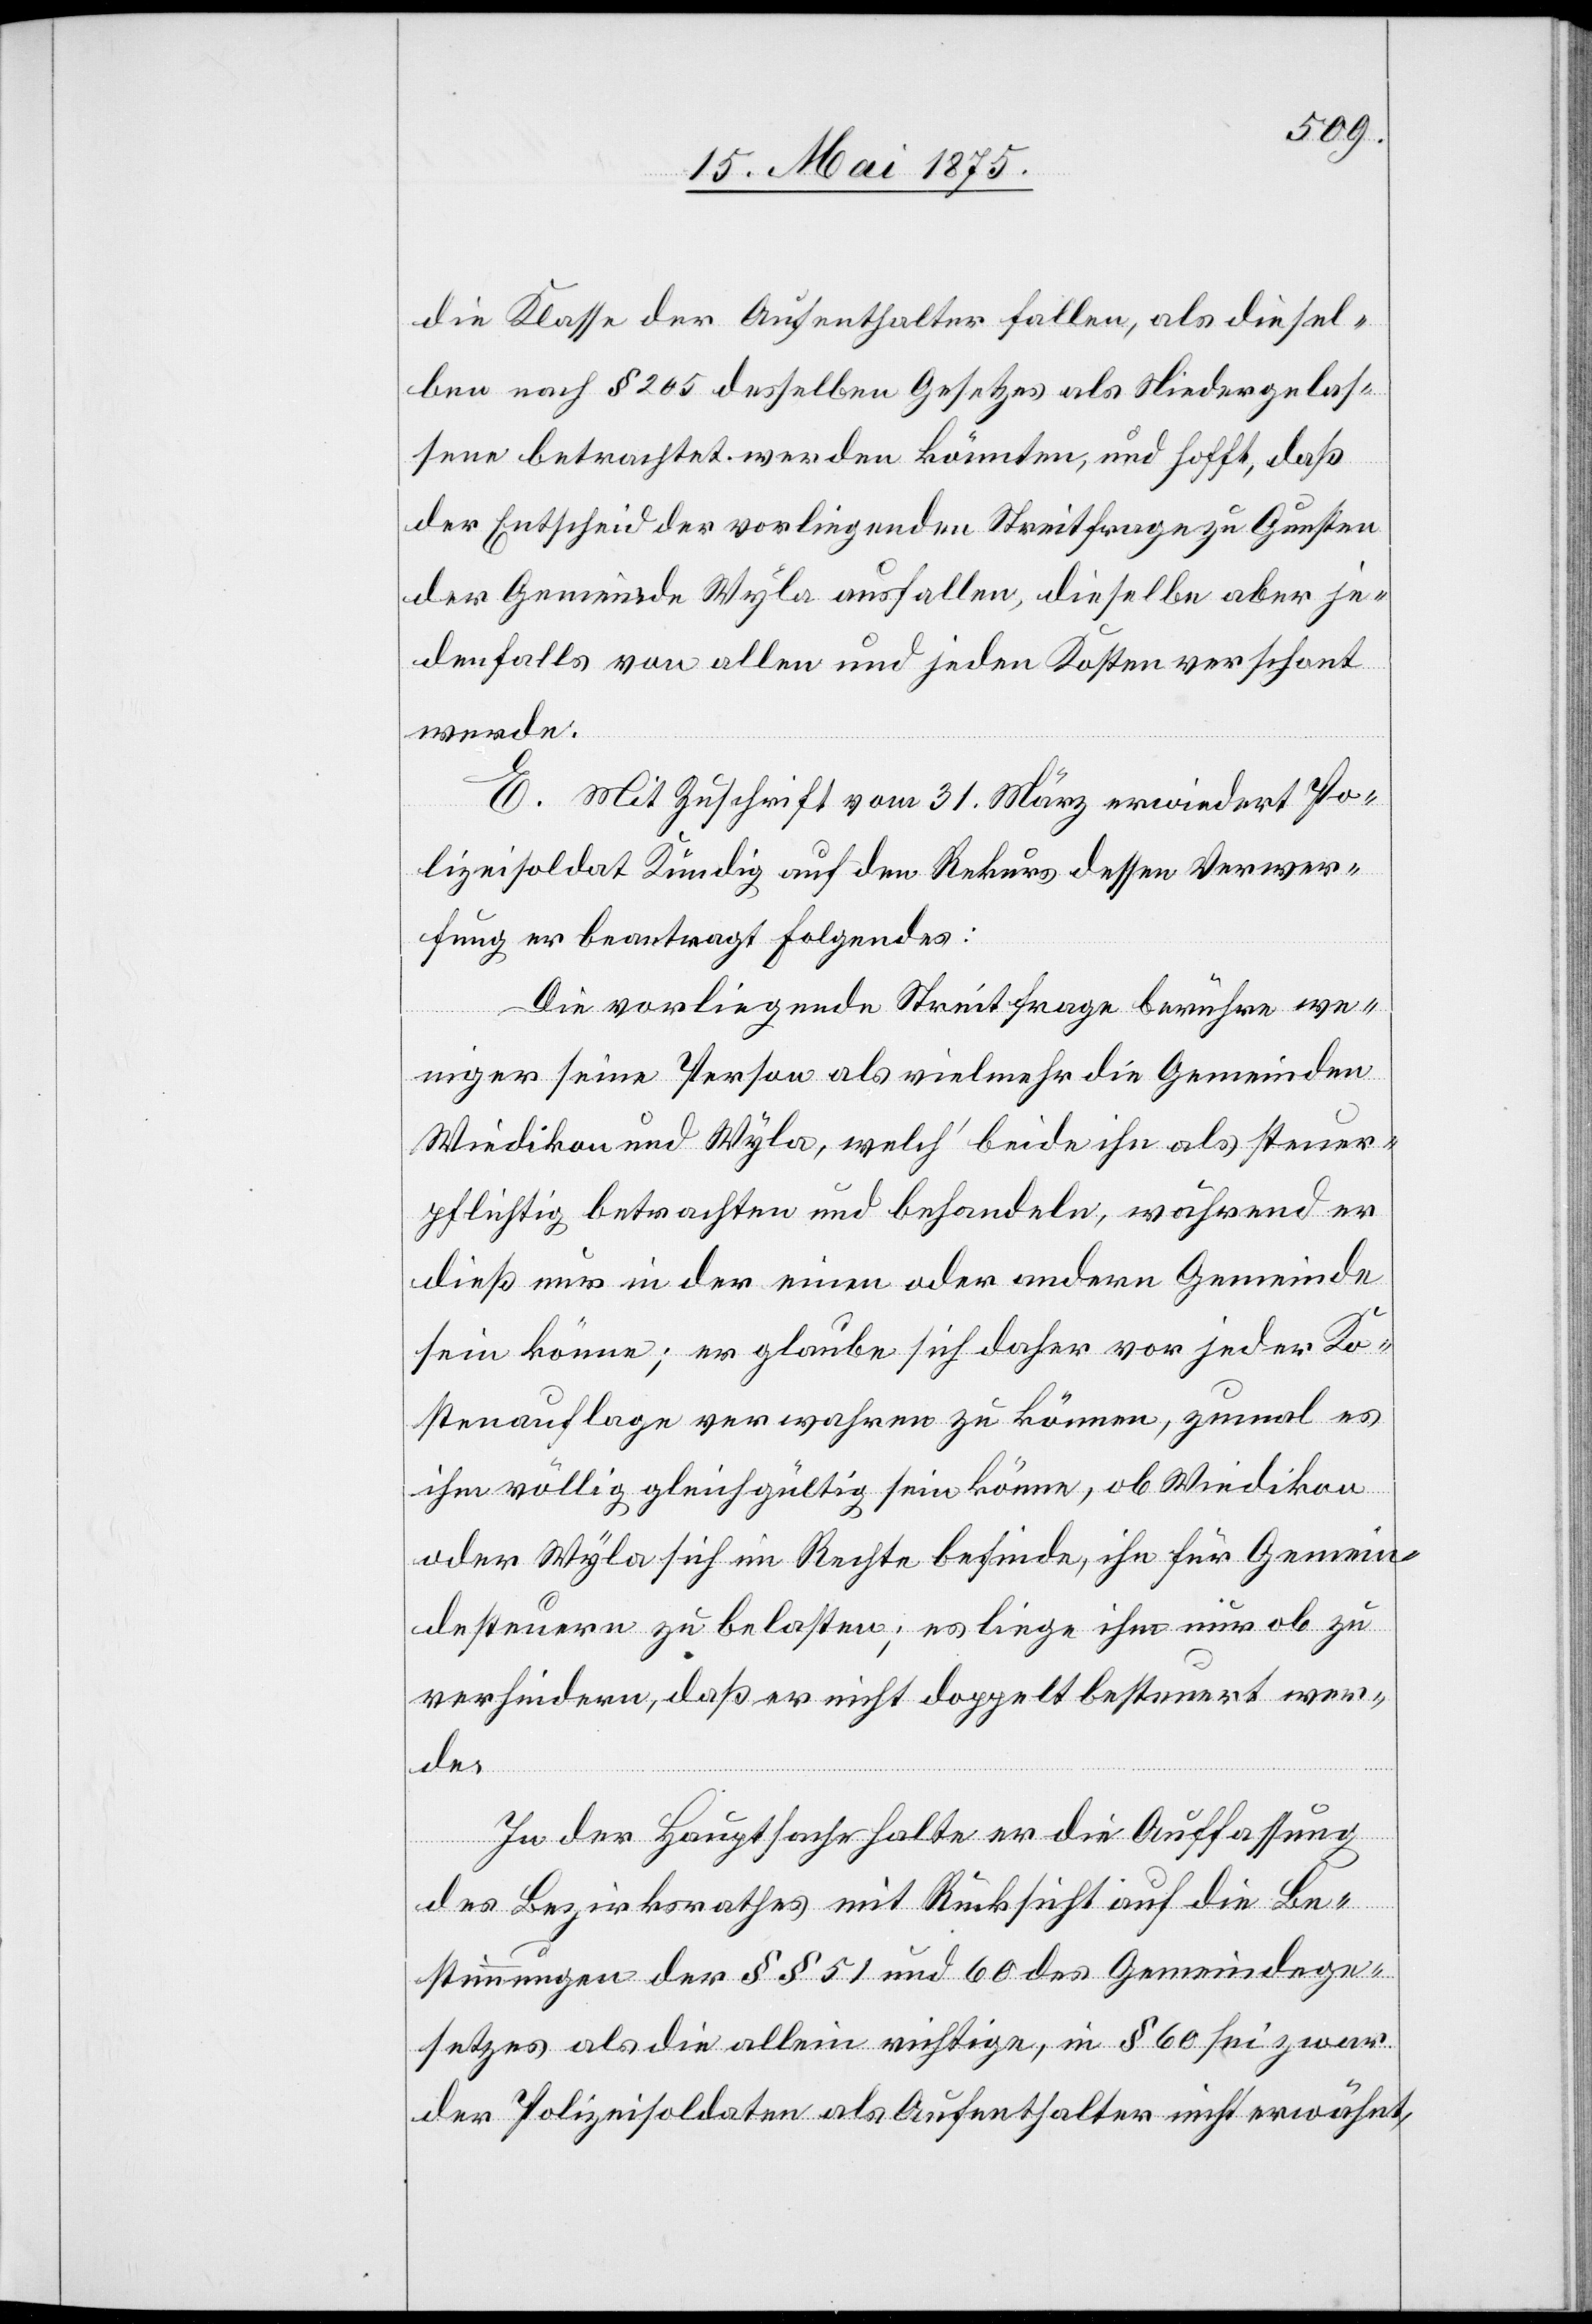
die Klasse der Aufenthalter fallen, als diesel¬
ben nach § 265 desselben Gesetzes als Niedergelas¬
sene betrachtet werden könnten, und hofft, daß
der Entscheid der vorliegenden Streitfrage zu Gunsten
der Gemeinde Wyla ausfallen, dieselbe aber je¬
denfalls von allen und jeden Kosten verschont
werde.
E. Mit Zuschrift vom 31. März erwiedert Po¬
lizeisoldat Kündig[,] auf den Rekurs dessen Verwer¬
fung er beantragt[,] Folgendes:
Die vorliegende Streitfrage berühre we¬
niger seine Person als vielmehr die Gemeinden
Wiedikon und Wyla, welch‘ beide ihn als steuer¬
pflichtig betrachten und behandeln, während er
dieß nur in der ein oder andern Gemeinde
sein könne, er glaube sich daher vor jeder Ko¬
stenauflage verwahren zu können, zumal es
ihm völlig gleichgültig sein könne, ob Wiedikon
oder Wyla sich im Rechte befinde, ihn für Gemein¬
desteuern zu belasten; es liege ihm nur ob zu
verhindern, daß er nicht doppelt besteuert wer¬
de.
In der Hauptsache halte er die Auffassung
des Bezirksrathes mit Rücksicht auf die Be¬
stimmungen der §§ 51 und 60 des Gemeindege¬
setzes als die allein richtige, in § 60 sei zwar
der Polizeisoldaten als Aufenthalter nicht erwähnt,